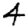
Digit: 4